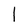
Character: l